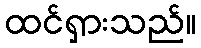
ထင်ရှားသည်။